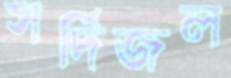
সর্দিজল